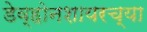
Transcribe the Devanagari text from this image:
डेव्होनशायरच्या